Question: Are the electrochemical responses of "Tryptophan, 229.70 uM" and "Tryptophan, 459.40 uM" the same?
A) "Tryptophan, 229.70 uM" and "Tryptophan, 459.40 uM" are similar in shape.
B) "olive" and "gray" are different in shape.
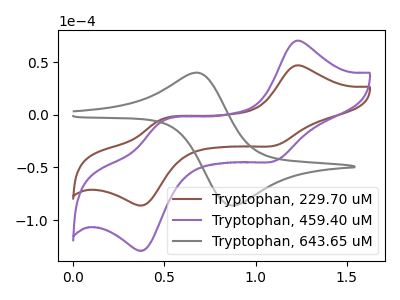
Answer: <think>The brown curve "Tryptophan, 229.70 uM" has anodic peaks at (1.20V, 46.80uA) (0.50V, -4.15uA) and cathodic peaks at (1.10V, -29.10uA) (0.40V, -85.65uA). The purple curve "Tryptophan, 459.40 uM" has anodic peaks at (1.20V, 70.10uA) (0.50V, -6.25uA) and cathodic peaks at (1.10V, -43.65uA) (0.40V, -128.35uA). The gray curve "Tryptophan, 643.65 uM" has an anodic peak at (0.70V, 40.00uA) and a cathodic peak at (0.85V, -86.15uA).
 All the peaks in "Tryptophan, 229.70 uM" have a peak in "Tryptophan, 459.40 uM" at the same potential.</think>
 <answer>A) "Tryptophan, 229.70 uM" and "Tryptophan, 459.40 uM" are similar in shape.</answer>
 <eval>A</eval>